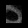
Digit: ၀